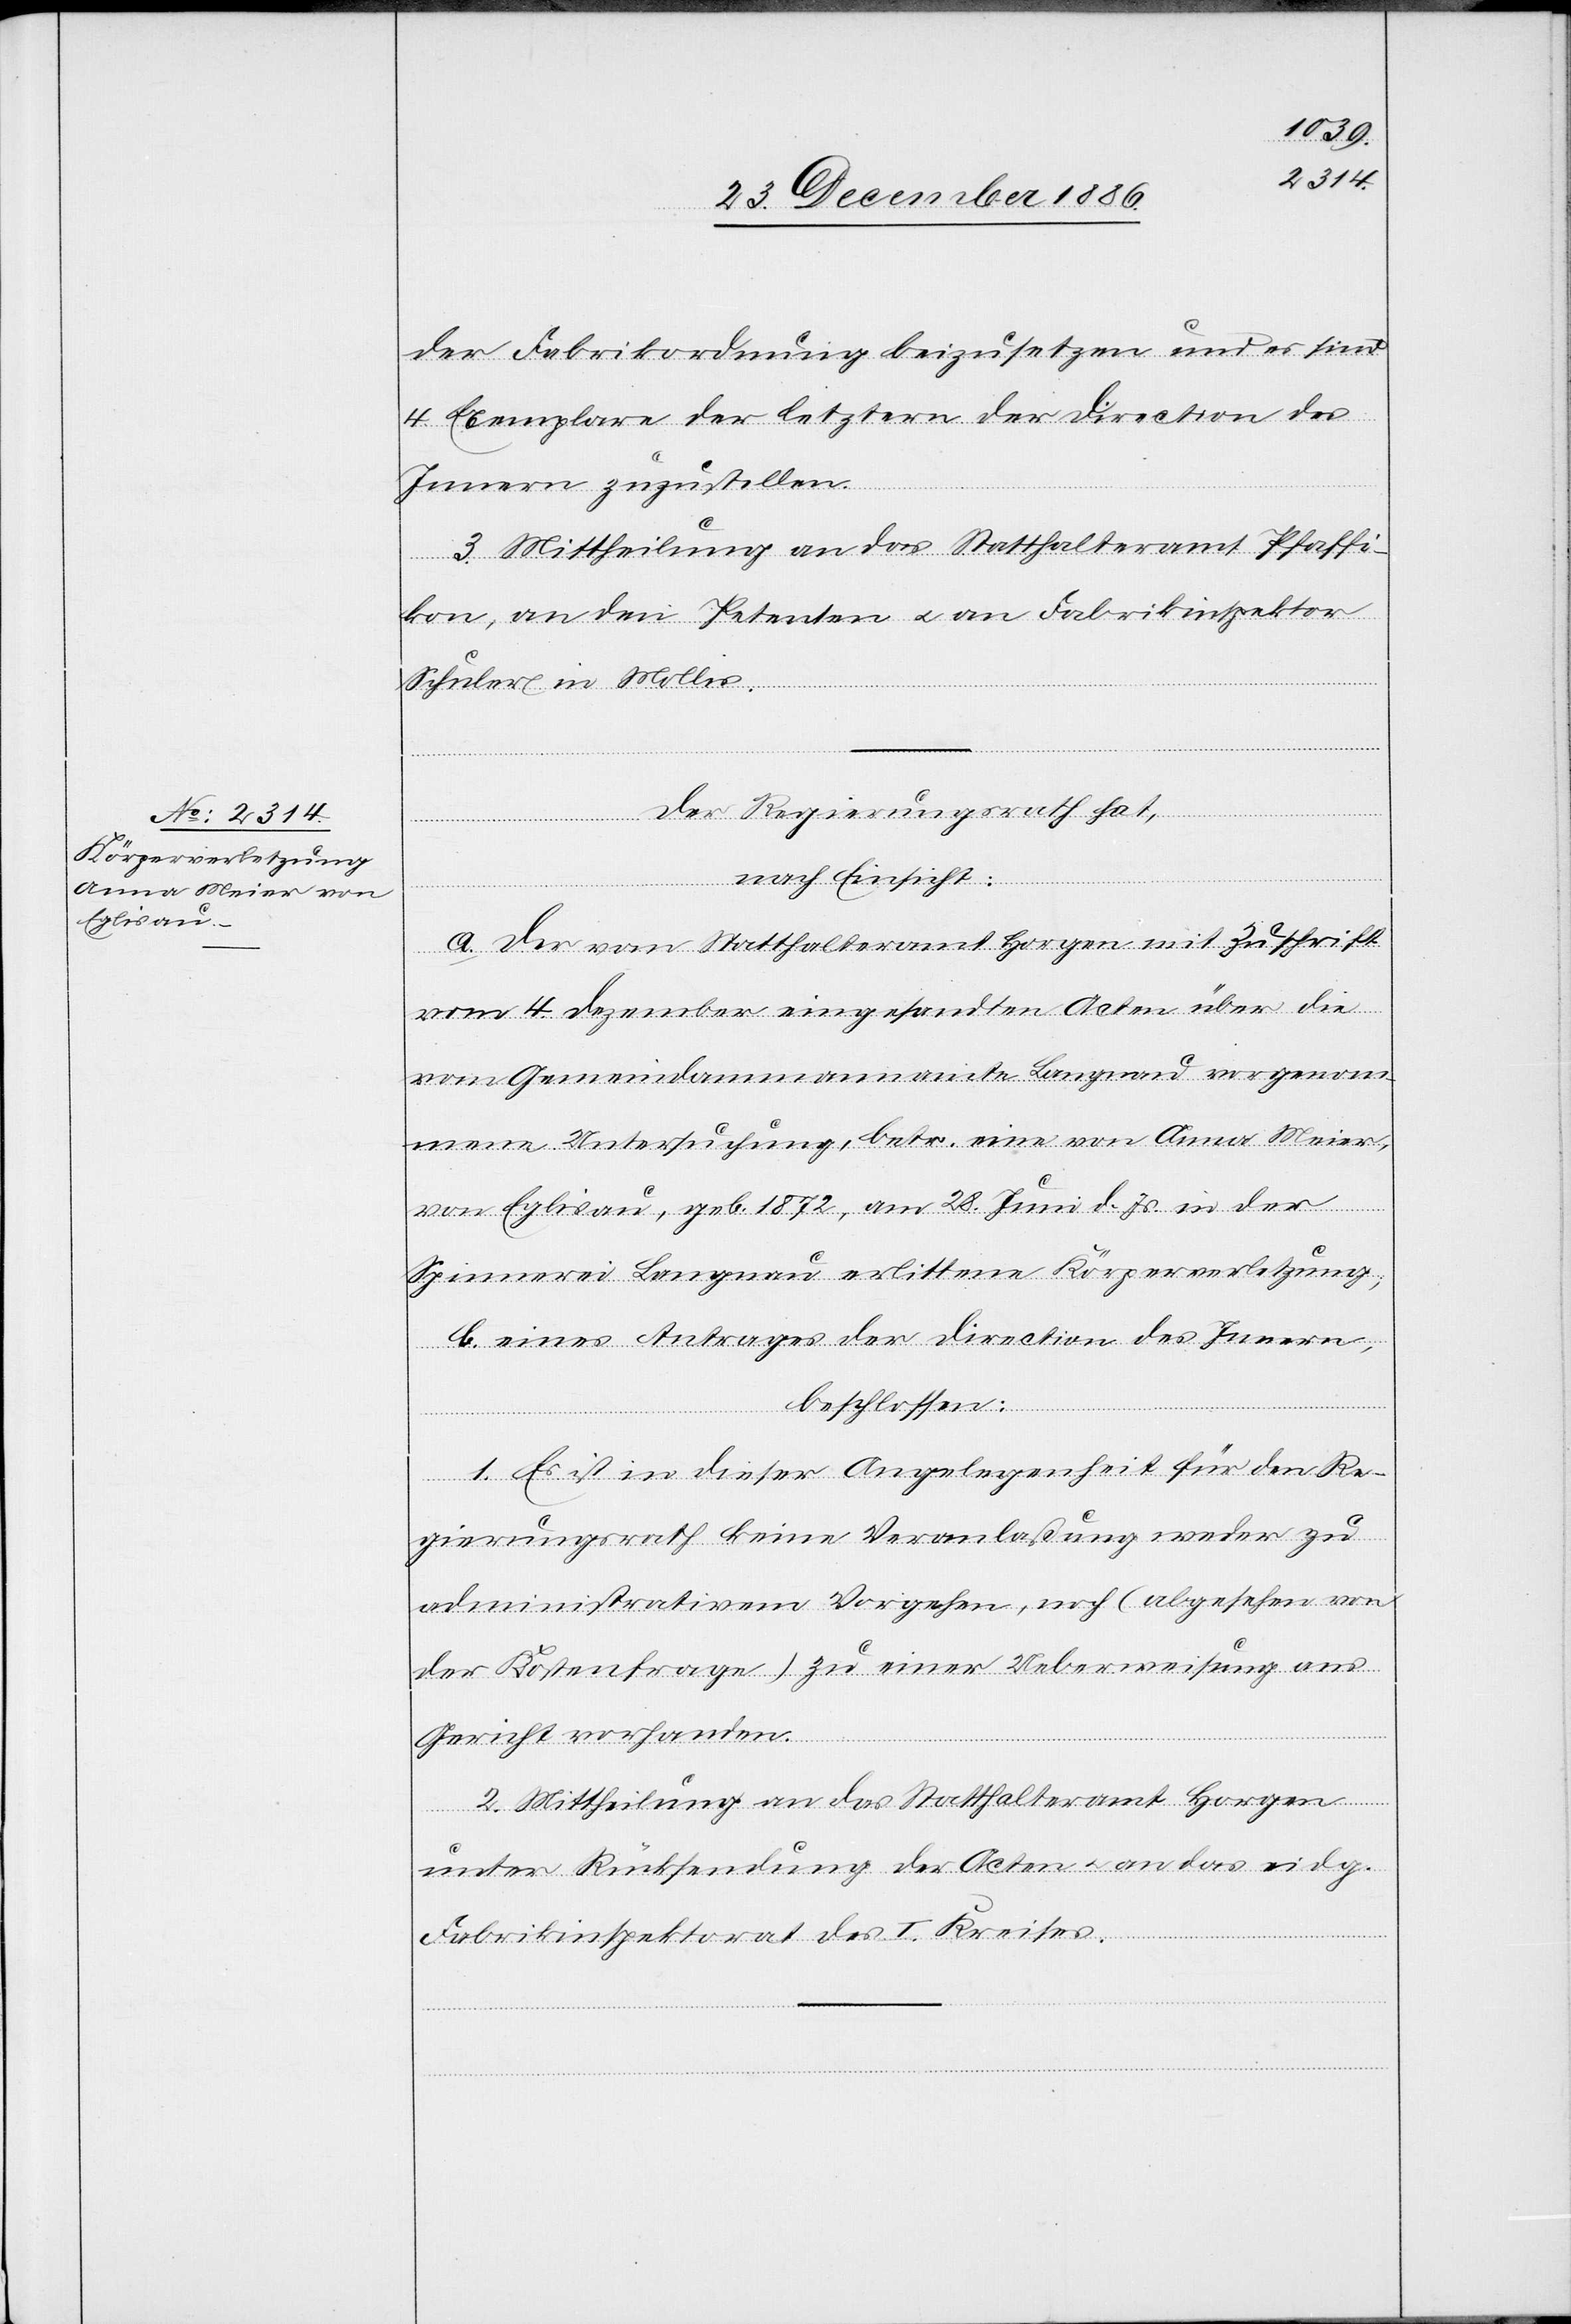
der Fabrikordnung beizusetzen und es sind
4 Exemplare der letztern der Direction des
Innern zuzustellen.
3. Mittheilung an das Statthalteramt Pfaffi¬
c!], an den Petenten & an Fabrikinspektor
Schuler in Mollis.
Der Regierungsrath hat,
nach Einsicht:
[si¬
a. Der vom Statthalteramt Horgen mit Zuschrift
vom 4. Dezember eingesandten Acten über die
vom Gemeindammannamte Langnau vorgenom¬
mene Untersuchung, betr. eine von Anna Meier,
von Eglisau, geb. 1872, am 28. Juni d. Js. in der
Spinnerei Langnau erlittene Körperverletzung;
b. eines Antrages der Direction des Innern,
beschlossen:
1. Es ist in dieser Angelegenheit für den Re¬
gierungsrath keine Veranlaßung weder zu
administrativem Vorgehen, noch (abgesehen von
der Kostenfrage) zu einer Ueberweisung ans
kon
Gericht vorhanden.
2. Mittheilung an das Statthalteramt Horgen
unter Rücksendung der Acten & an das eidg.
Fabrikinspektorat des I. Kreises.